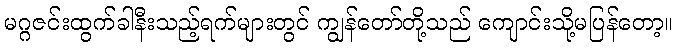
မဂ္ဂဇင်းထွက်ခါနီးသည့်ရက်များတွင် ကျွန်တော်တို့သည် ကျောင်းသို့မပြန်တော့။